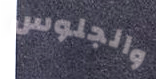
والجلوس